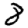
Digit: 8